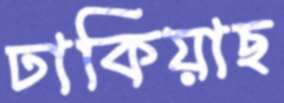
ঢাকিয়াছ